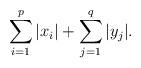
LaTeX: \begin{align*}\sum^p_{i=1}|x_i| +\sum^q_{j=1} |y_j|.\end{align*}